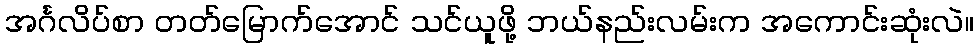
အင်္ဂလိပ်စာ တတ်မြောက်အောင် သင်ယူဖို့ ဘယ်နည်းလမ်းက အကောင်းဆုံးလဲ။